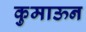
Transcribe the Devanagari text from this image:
कुमाऊन